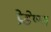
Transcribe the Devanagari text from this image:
प्रेडेष्ण